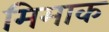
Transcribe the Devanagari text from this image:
मिमाक